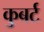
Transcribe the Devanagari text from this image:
कुबर्ट